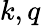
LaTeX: k,q